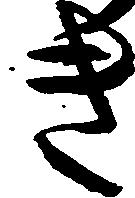
き